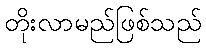
တိုးလာမည်ဖြစ်သည်